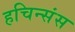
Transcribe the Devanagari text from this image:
हचिन्संस